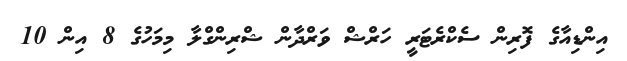
އިންޑިއާގެ ފޮރިން ސެކްރެޓަރީ ހަރްޝް ވަރްދާން ޝްރިންގްލާ މިމަހުގެ 8 އިން 10